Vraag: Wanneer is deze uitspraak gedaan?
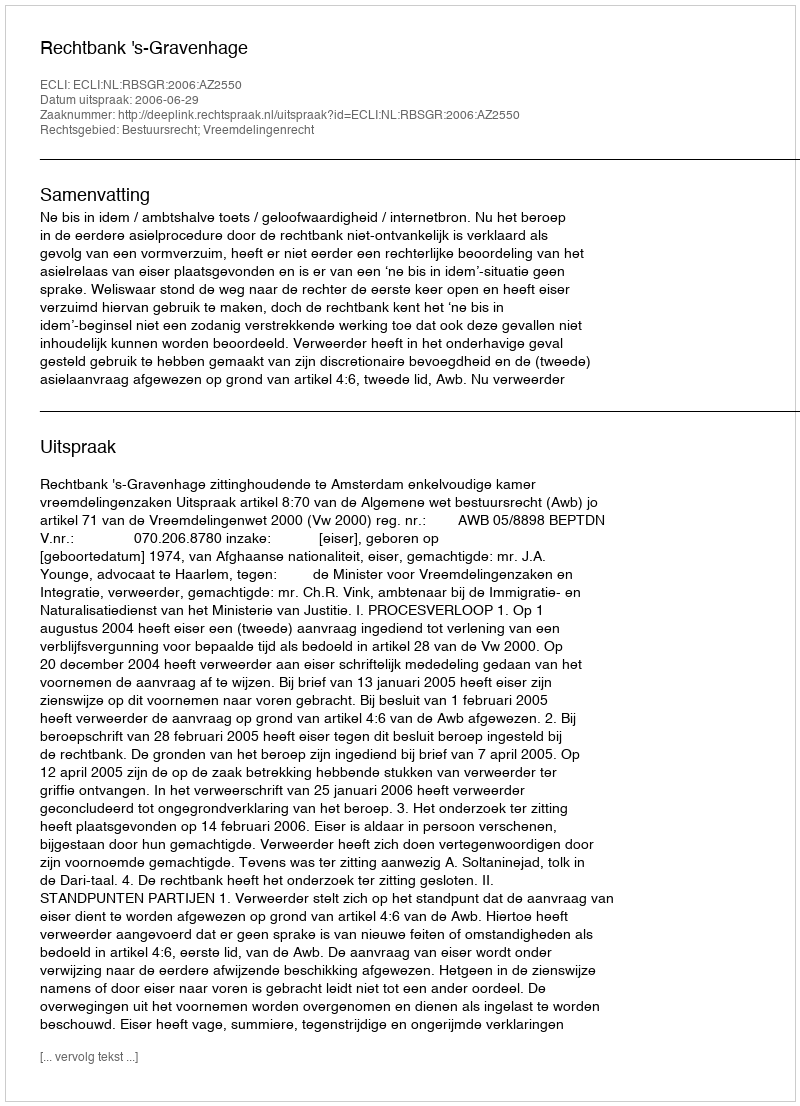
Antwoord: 2006-06-29